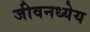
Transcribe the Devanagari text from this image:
जीवनध्येय